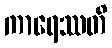
ကာရေဿတိ